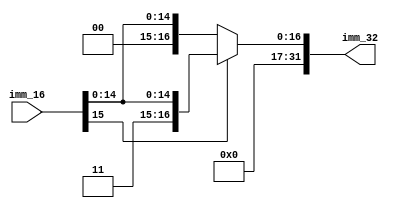
module sign_extend( 
	input wire [15:0] imm_16,
	output reg [31:0] imm_32
);
	
	always begin
		//if immediate is pos, assign output to imm_16 concatted with 16 0s
		if (imm_16[15] == 1'b0) begin
			imm_32 = {16'b0, imm_16};
		//else val is negative, assign output to imm_16 concatted with 16 1s
		end else begin
			imm_32 = {16'b1, imm_16};
		end
	end
	
endmodule